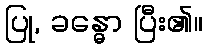
ပြု, ခန္ဓော ပြီး၏။